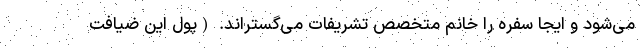
می‌شود و ایجا سفره را خانم متخصص تشریفات می‌گستراند. (‌پول این ضیافت